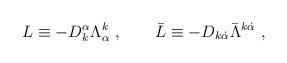
LaTeX: \begin{align*}L\equiv -D_{k}^{\alpha }\Lambda _{\alpha }^{k}\ ,\qquad \bar{L}\equiv -D_{k\dot{\alpha}}\bar{\Lambda}^{k\dot{\alpha}}\ ,\end{align*}